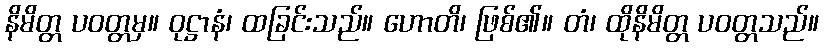
နိမိတ္တ ပဝတ္တမှ။ ဝုဋ္ဌာနံ၊ ထခြင်းသည်။ ဟောတိ၊ ဖြစ်၏။ တံ၊ ထိုနိမိတ္တ ပဝတ္တသည်။